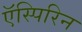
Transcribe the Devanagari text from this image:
ऍस्पिरिन